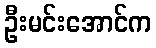
ဦးမင်းအောင်က